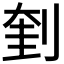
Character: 𠝥